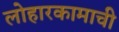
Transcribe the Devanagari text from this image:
लोहारकामाची